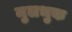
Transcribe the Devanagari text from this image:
मुलभुक